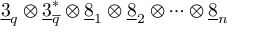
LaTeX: \underline { { { 3 } } } _ { q } \otimes \underline { { { 3 } } } _ { \overline { { { q } } } } ^ { * } \otimes \underline { { { 8 } } } _ { 1 } \otimes \underline { { { 8 } } } _ { 2 } \otimes \cdots \otimes \underline { { { 8 } } } _ { n }